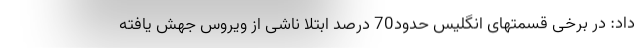
داد: در برخی قسمتهای انگلیس حدود70 درصد ابتلا ناشی از ویروس جهش یافته